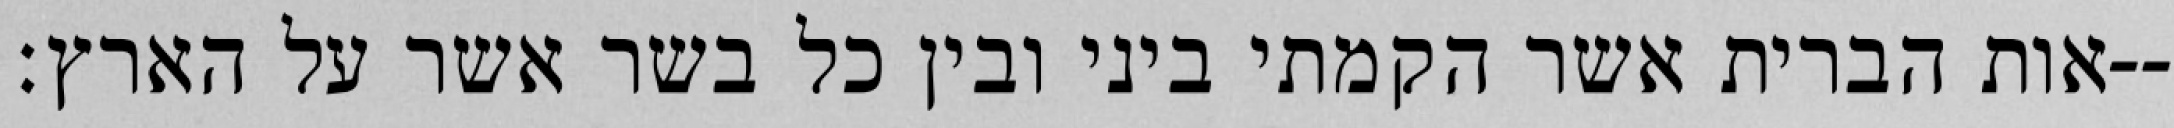
אות הברית אשר הקמתי ביני ובין כל בשר אשר על הארץ׃--